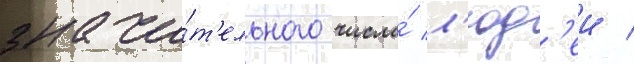
значи́т'ельного числа́ л'юд'еи /